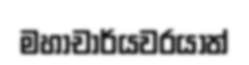
මහාචාර්යවරයාත්